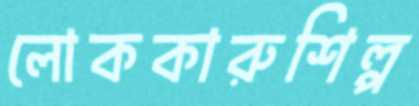
লোককারুশিল্প